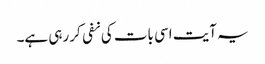
یہ آیت اسی بات کی نفی کر رہی ہے۔